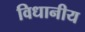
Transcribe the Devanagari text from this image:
विधानीय